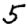
Digit: 5